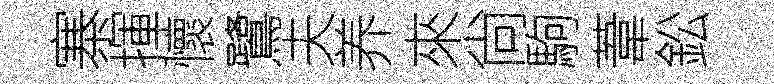
寨揮懷鷺夫养來尙駒葦鈆